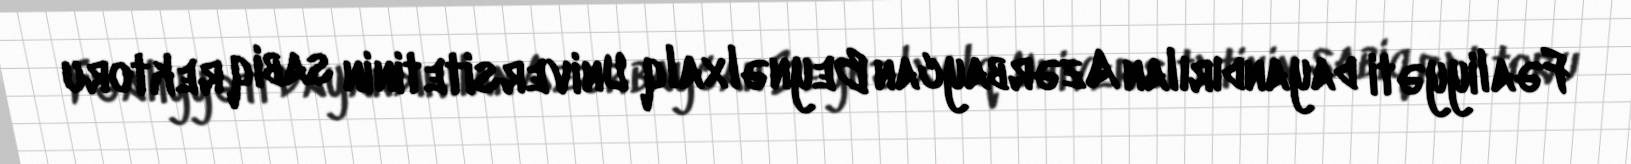
Fəaliyyəti dayandırılan Azərbaycan Beynəlxalq Universitetinin sabiq rektoru